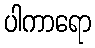
ပါကာရော